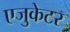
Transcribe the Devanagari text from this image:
एजुकेटर